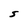
Character: S